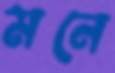
মনে